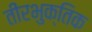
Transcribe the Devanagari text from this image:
तीरभुक्‍तिक